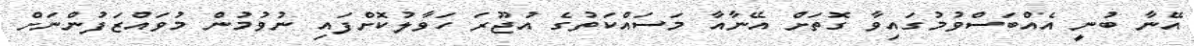
އޭނާ ބުނީ އެއްބަސްވުމުގައިވާ ގޮތަށް އޭނާއާ މަސައްކަތުގެ އުޖޫރަ ހަވާލުކޮށްފައި ނުވުމުން މުވައްޒަފުންނަށް